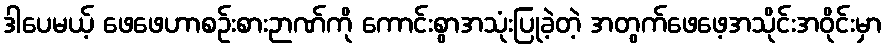
ဒါပေမယ့် ဖေဖေဟာစဉ်းစားဉာဏ်ကို ကောင်းစွာအသုံးပြုခဲ့တဲ့ အတွက်ဖေဖေ့အသိုင်းအဝိုင်းမှာ